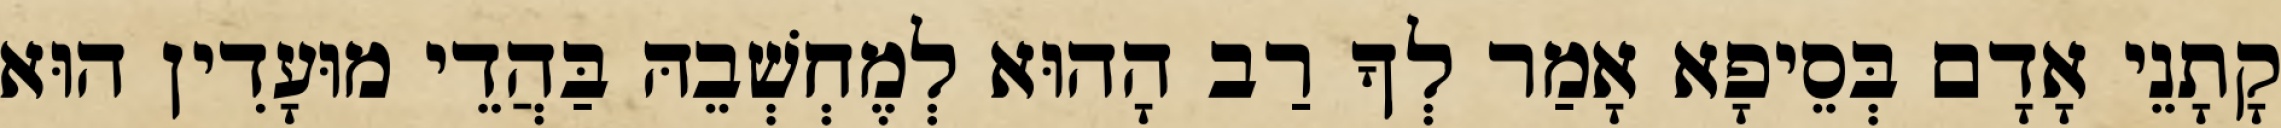
קָתָנֵי אָדָם בְּסֵיפָא אָמַר לְךָ רַב הָהוּא לְמֶחְשְׁבֵהּ בַּהֲדֵי מוּעָדִין הוּא